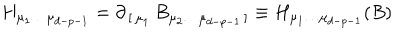
H _ { \mu _ { 1 } \dots \mu _ { d - p - 1 } } = \partial _ { \, [ \, \mu _ { 1 } } \, B _ { \mu _ { 2 } \dots \mu _ { d - p - 1 } \, ] } \equiv H _ { \mu _ { 1 } \dots \mu _ { d - p - 1 } } ( B )